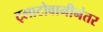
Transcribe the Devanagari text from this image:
ट्लाटोवानीनंतर